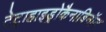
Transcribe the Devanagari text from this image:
टेट्राहाइड्रोकैनाबिनॉल